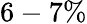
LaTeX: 6-7\%